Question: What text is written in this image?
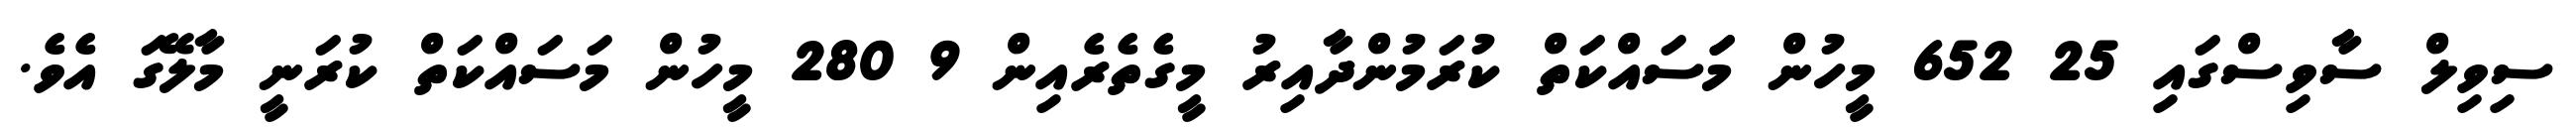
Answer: ސިވިލް ސާވިސްގައި 25 652 މީހުން މަަސައްކަތް ކުރަމުންދާއިރު މީގެތެރެއިން 9 280 މީހުން މަސައްކަތް ކުރަނީ މާލޭގަ އެވެ.